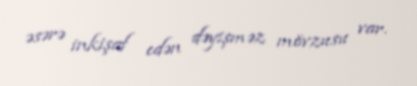
əsərə inkişaf edən dəyişməz mövzusu var.